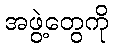
အဖွဲ့တွေကို